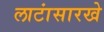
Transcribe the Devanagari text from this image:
लाटांसारखे